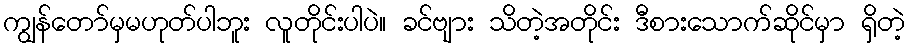
ကျွန်တော်မှမဟုတ်ပါဘူး လူတိုင်းပါပဲ။ ခင်ဗျား သိတဲ့အတိုင်း ဒီစားသောက်ဆိုင်မှာ ရှိတဲ့